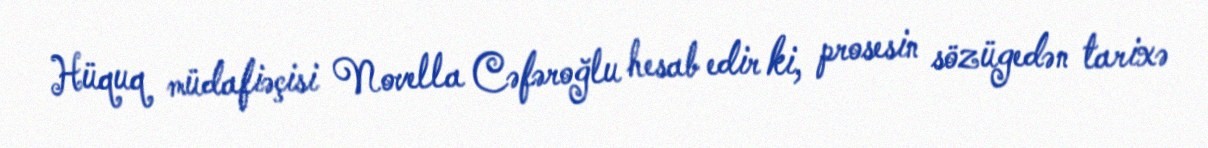
Hüquq müdafiəçisi Novella Cəfəroğlu hesab edir ki, prosesin sözügedən tarixə